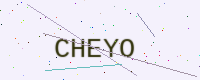
Text: CHEYO